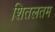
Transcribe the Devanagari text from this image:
शितलतम